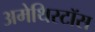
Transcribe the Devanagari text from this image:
अमेथिस्टॉस